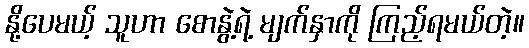
နို့ပေမယ့် သူဟာ စောနွဲ့ရဲ့ မျက်နှာကို ကြည့်ရမယ်တဲ့။